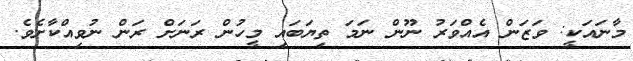
މާނައަކީ: ވަޒަން އެއްވަރު ނޫން ނަމަ ތިޔަބައި މީހުން ރަނަށް ރަން ނުވިއްކާށެވެ.